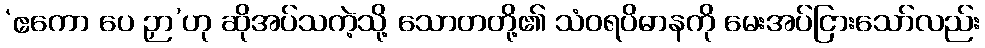
‘ဧကော ပေ ဉှာ’ဟု ဆိုအပ်သကဲ့သို့ သောတတို့၏ သံဝရပိဓာနကို မေးအပ်ငြားသော်လည်း